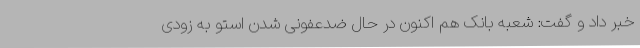
خبر داد و گفت: شعبه بانک هم اکنون در حال ضدعفونی شدن استو به زودی